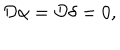
{ \cal D } \alpha = { \cal D } \delta = 0 ,